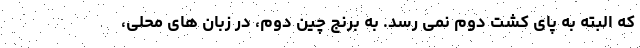
که البته به پای کشت دوم نمی رسد. به برنج چین دوم، در زبان های محلی،